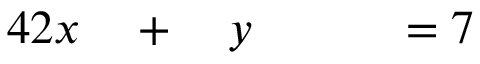
\begin{array} { r l r l r l r } { { 4 } 2 x } & { { } { } + { } } & { y } & { { } } & { } & { { } { } = { } 7 } & { } \end{array}